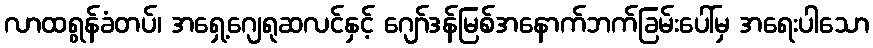
လာထရွန်ခံတပ်၊ အရှေ့ဂျေရုဆလင်နှင့် ဂျော်ဒန်မြစ်အနောက်ဘက်ခြမ်းပေါ်မှ အရေးပါသော